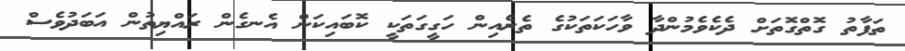
ތަފާތު ގޮތްގޮތަށް ދެކެވެމުންދާ ވާހަކަތަކުގެ ތެރެއިން ހަގީގަތަކީ ކޮބައިކަން އެނގެން ރައްޔިތުން އަބަދުވެސް